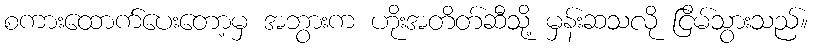
စကားထောက်ပေးတော့မှ အဘွားက ဟိုးအတိတ်ဆီသို့ မှန်းဆသလို ငြိမ်သွားသည်။